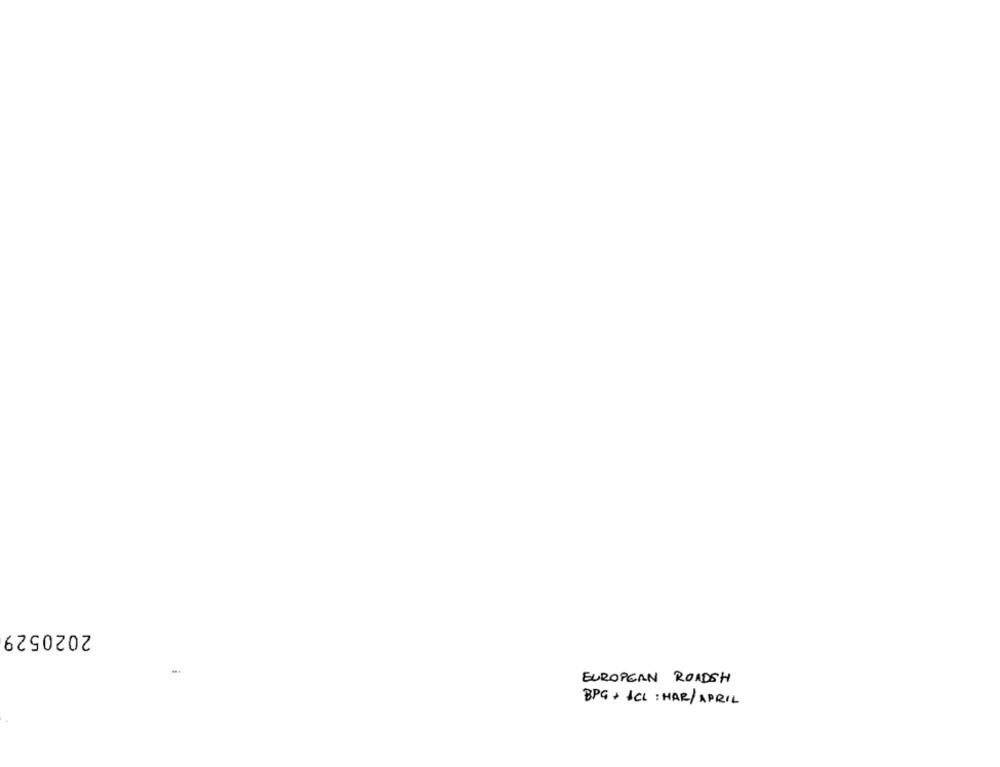
2020529
EUROPEAN ROADSH
BPG+ 1CL: HAR/APRIL